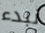
نبدء